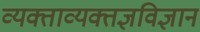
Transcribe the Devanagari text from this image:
व्यक्ताव्यक्तज्ञविज्ञान